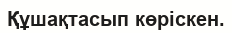
Құшақтасып көрiскен.